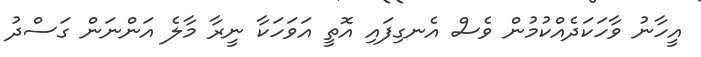
އީހާނު ވާހަކަދެއްކުމުން ވެސް އެނގިފައި އޮތީ އަވަހަކާ ނީރާ މާލެ އަންނަން ގަސްދު